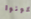
تكونوا